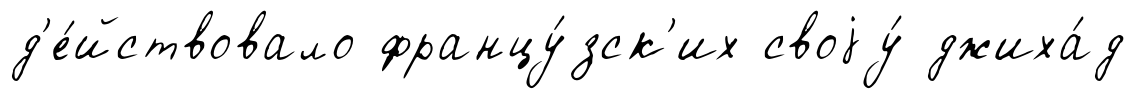
д'е́йствовало францу́зск'их своjу́ джиха́д